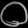
Digit: ၀